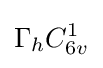
\Gamma _{h}C_{6v}^{1}